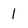
Character: I